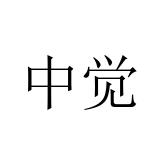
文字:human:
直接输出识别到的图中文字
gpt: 中觉